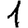
Digit: 1